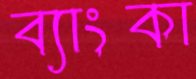
ব্যাংকা